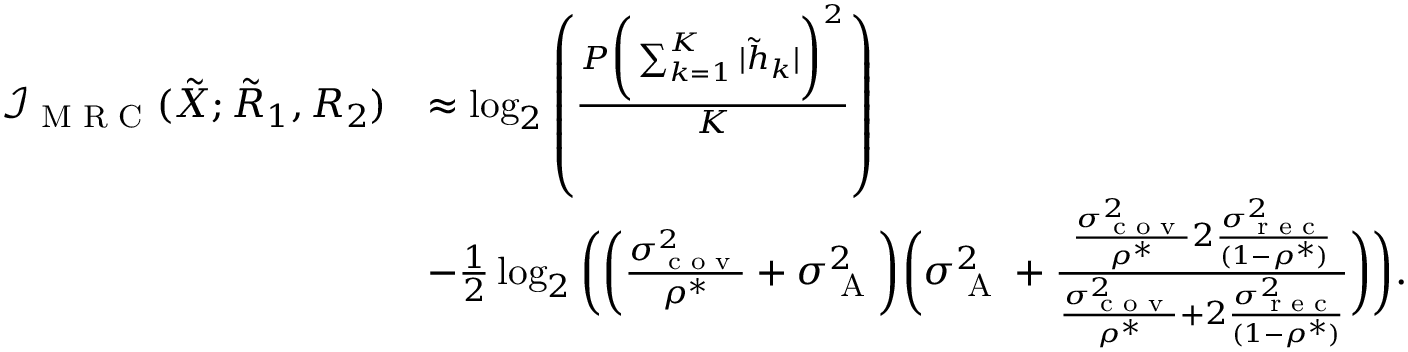
\begin{array} { r l } { \mathcal { I } _ { \textrm { M R C } } ( { { { \tilde { X } } } } ; { { { \tilde { R } } } _ { 1 } } , { { { R } } _ { 2 } } ) } & { \approx \log _ { 2 } \left( \frac { P \bigg ( \sum _ { k = 1 } ^ { K } | \tilde { h } _ { k } | \bigg ) ^ { 2 } } { K } \right) } \\ & { - \frac { 1 } { 2 } \log _ { 2 } \bigg ( \bigg ( { { \frac { \sigma _ { \textrm { c o v } } ^ { 2 } } { \rho ^ { * } } } } + \sigma _ { \textrm { A } } ^ { 2 } \bigg ) \bigg ( { \sigma _ { \textrm { A } } ^ { 2 } } + \frac { { { \frac { \sigma _ { \textrm { c o v } } ^ { 2 } } { \rho ^ { * } } } } 2 \frac { \sigma _ { \textrm { r e c } } ^ { 2 } } { ( 1 - \rho ^ { * } ) } } { { { \frac { \sigma _ { \textrm { c o v } } ^ { 2 } } { \rho ^ { * } } } } + 2 \frac { \sigma _ { \textrm { r e c } } ^ { 2 } } { ( 1 - \rho ^ { * } ) } } \bigg ) \bigg ) . } \end{array}